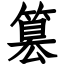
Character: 篡